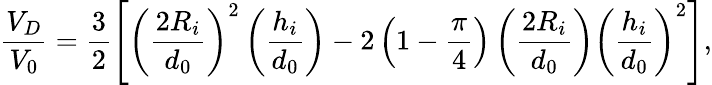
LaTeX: \frac{V_{D}}{V_{0}}=\frac{3}{2}\left[\left(\frac{2R_{i}}{d_{0}}\right)^{2}\left(\frac{h_{i}}{d_{0}}\right)-2\left(1-\frac{\pi}{4}\right)\left(\frac{2R_{i}}{d_{0}}\right)\left(\frac{h_{i}}{d_{0}}\right)^{2}\right],